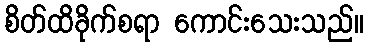
စိတ်ထိခိုက်စရာ ကောင်းသေးသည်။